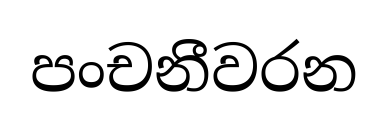
පංචනීවරන